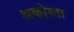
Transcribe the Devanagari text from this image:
अकोस्ता